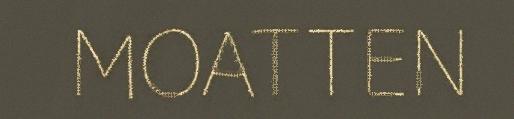
MOATTEN